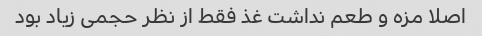
اصلا مزه و طعم نداشت غذ فقط از نظر حجمی زیاد بود